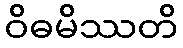
ဝိဓမိဿတိ